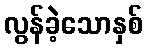
လွန်ခဲ့သောနှစ်